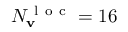
N _ { \mathbf { v } } ^ { \mathrm { ~ l ~ o ~ c ~ } } = 1 6